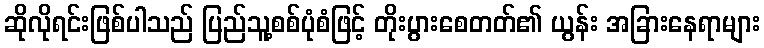
ဆိုလိုရင်းဖြစ်ပါသည် ပြည်သူ့စစ်ပုံစံဖြင့် တိုးပွားစေတတ်၏ ယွန်း အခြားနေရာများ